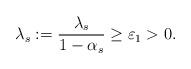
LaTeX: \begin{align*}\lambda_s:=\frac{\lambda_s}{1-\alpha_s}\geq \varepsilon_1>0.\end{align*}